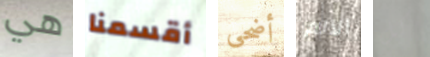
هي أقسمنا أضحى الآلم كل